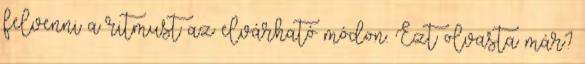
felvenni a ritmust az elvárható módon. Ezt olvasta már?